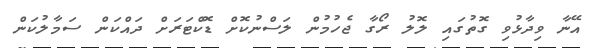
އޭނާ ވިދާޅުވި ގޮތުގައި ލޮލު ރޯގާ ޖެހުމުން ލަސްނުކޮށް ޑޮކްޓަރަށް ދައްކަން ސަމާލުކަން